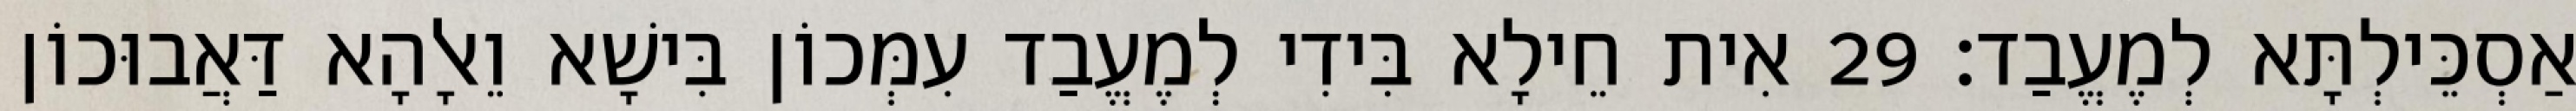
אַסְכֵּילְתָּא לְמֶעֱבַד׃ 29 אִית חֵילָא בִּידִי לְמֶעֱבַד עִמְּכוֹן בִּישָׁא וֵאלָהָא דַּאֲבוּכוֹן